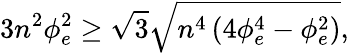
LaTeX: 3n^{2}\phi_{e}^{2}\ge\sqrt{3}\sqrt{n^{4}\left(4\phi_{e}^{4}-\phi_{e}^{2}\right)},